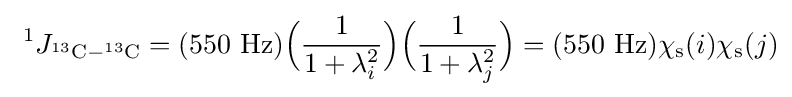
\ ^{1}J_{^{13}\mathrm {C} -^{13}\mathrm {C} }=(550\ \mathrm {Hz} ){\Big (}{\frac {1}{1+\lambda _{i}^{2}}}{\Big )}{\Big (}{\frac {1}{1+\lambda _{j}^{2}}}{\Big )}=(550\ \mathrm {Hz} )\chi _{\mathrm {s} }(i)\chi _{\mathrm {s} }(j)